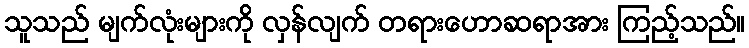
သူသည် မျက်လုံးများကို လှန်လျက် တရားဟောဆရာအား ကြည့်သည်။